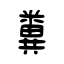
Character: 糞